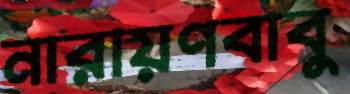
নারায়ণবাবু